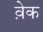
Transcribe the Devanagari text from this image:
व़ेक